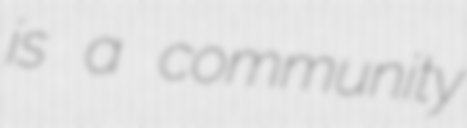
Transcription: is a community